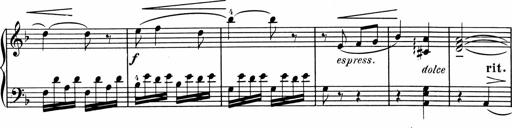
Title: 1Ã¨re Sonatine
Composer: FrÃ©dÃ©ric Binet